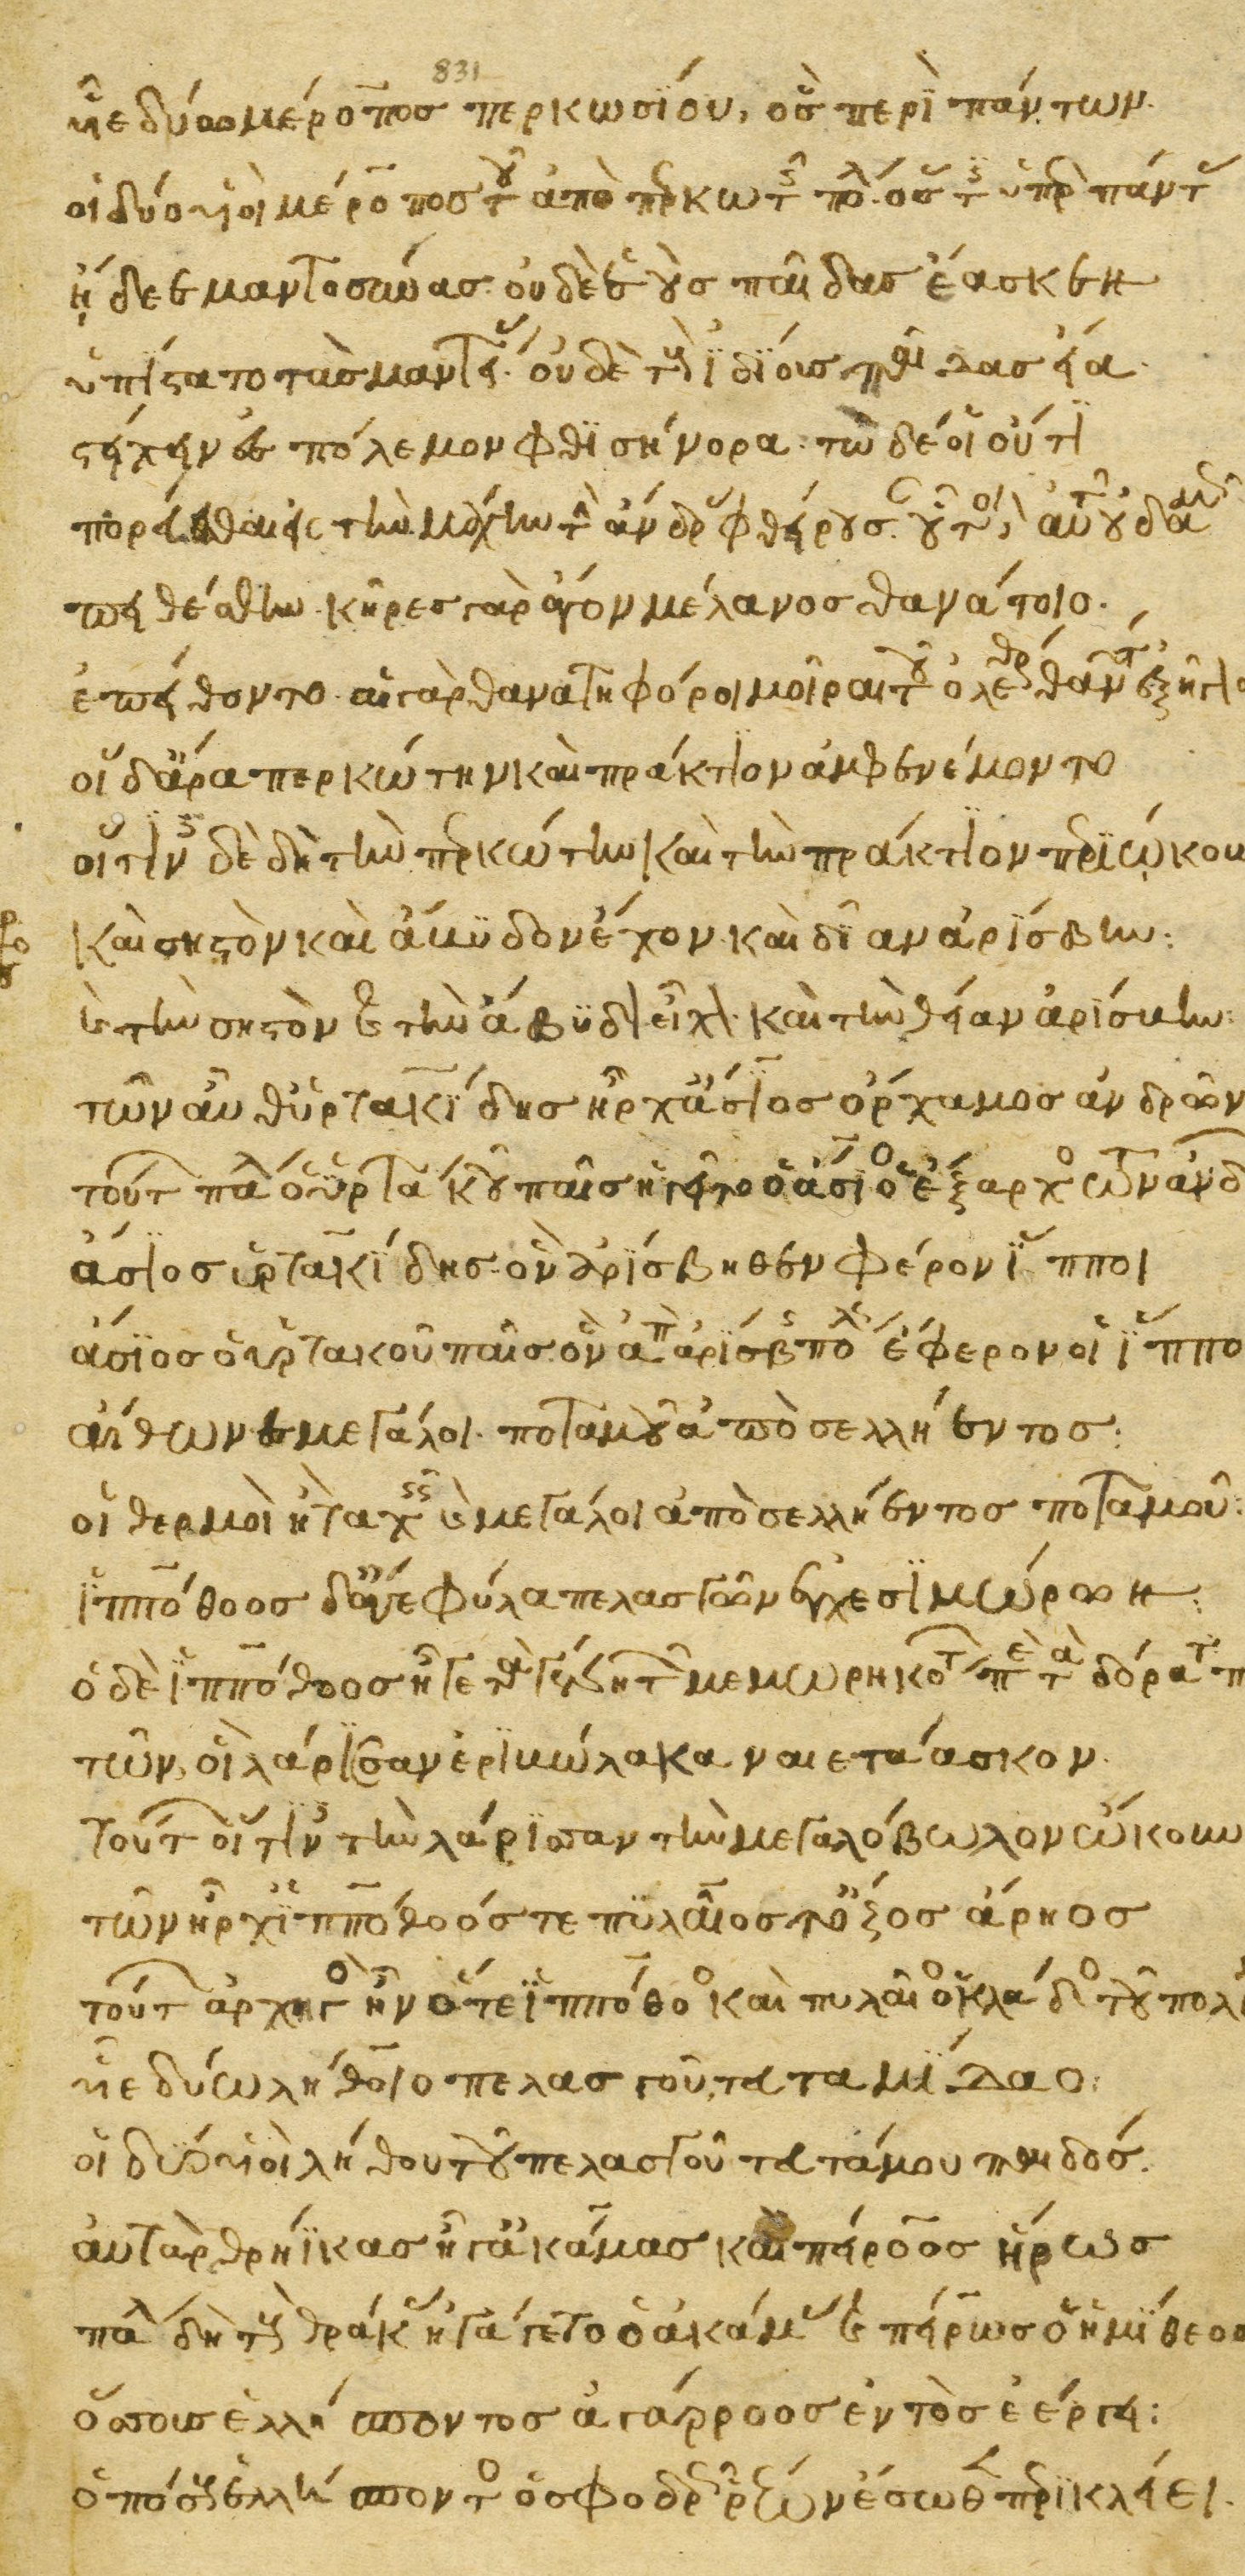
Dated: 1200–1299